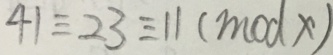
4 1 \equiv 2 3 \equiv 1 1 ( m o d x )